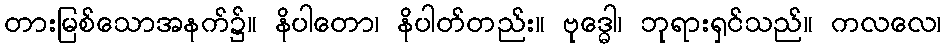
တားမြစ်သောအနက်၌။ နိပါတော၊ နိပါတ်တည်း။ ဗုဒ္ဓေါ၊ ဘုရားရှင်သည်။ ကလလေ၊